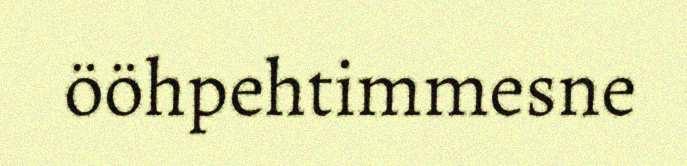
ööhpehtimmesne